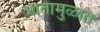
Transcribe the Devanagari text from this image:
आतामुळात